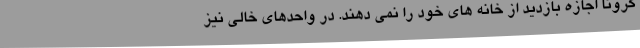
کرونا اجازه بازدید از خانه های خود را نمی دهند. در واحدهای خالی نیز